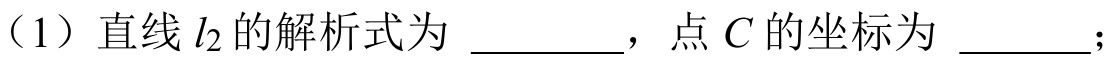
（1）直线\(l_{2}\)的解析式为 \_\_\_\_\_\_，点 \(C\) 的坐标为 \_\_\_\_\_；